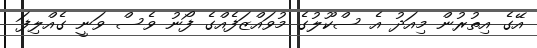
އޭގެ އިތުރުން މިއަދު އެ ސްކޫލުގެ މުވައްޒަފެއްގެ ފޯނު ވެސް ވަނީ ގެއްލިފަ